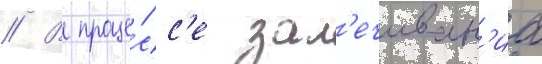
// В проце́сс'е зал'ечиван'иа